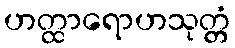
ဟတ္ထာရောဟသုတ္တံ